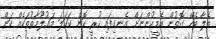
ތެލާ ބެހޭ ގޮތުން އެމީހުންނަށް އެނގިފައި ހުރީ ކޮން ކަހަލަ މައުލޫމާތުތަކެއް ކަން